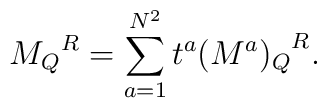
{M_{Q}}^{R} = \sum_{a=1}^{N^2} t^{a} {(M^{a})_{Q}}^{R}.